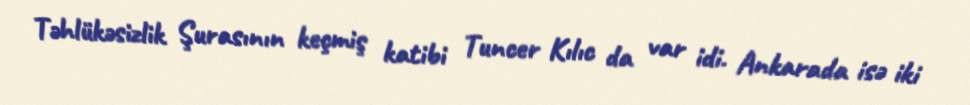
Təhlükəsizlik Şurasının keçmiş katibi Tuncer Kılıc da var idi. Ankarada isə iki